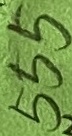
Text: 555